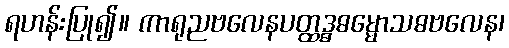
ရဟန်းပြု၍။ ကာရုညဗလေနပတ္ထဒ္ဓဓမ္မောသဓဗလေန၊